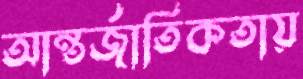
আন্তর্জাতিকতায়